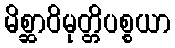
မိစ္ဆာဝိမုတ္တိပစ္စယာ